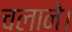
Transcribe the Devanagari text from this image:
चलाने।